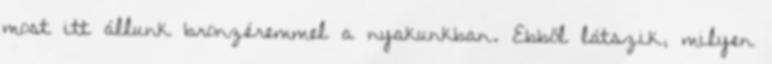
most itt állunk bronzéremmel a nyakunkban. Ebből látszik, milyen